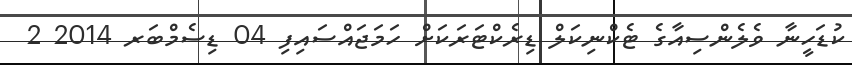
ކުޑަހީނާ ވެލެންސިއާގެ ޓެކްނިކަލް ޑިރެކްޓަރަކަށް ހަމަޖައްސައިފި 04 ޑިސެމްބަރ 2014 2